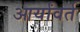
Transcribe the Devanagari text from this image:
आर्यांवर्त